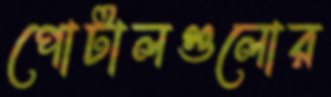
পোর্টালগুলোর